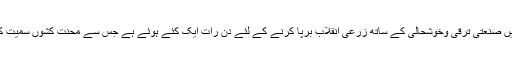
انہوں نے کہا کہ حکومت ملک میں صنعتی ترقی وخوشحالی کے ساتھ زرعی انقلاب برپا کرنے کے لئے دن رات ایک کئے ہوئے ہے جس سے محنت کشوں سمیت کسانوں کی زندگی خوشحال ہوگی۔